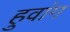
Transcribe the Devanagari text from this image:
हुवांग